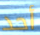
أحد